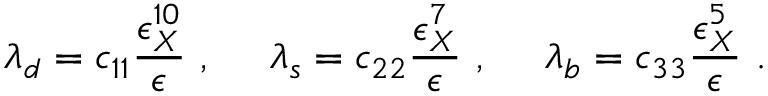
\lambda _ { d } = c _ { 1 1 } \frac { \epsilon _ { X } ^ { 1 0 } } { \epsilon } ~ , ~ ~ ~ ~ \lambda _ { s } = c _ { 2 2 } \frac { \epsilon _ { X } ^ { 7 } } { \epsilon } ~ , ~ ~ ~ ~ \lambda _ { b } = c _ { 3 3 } \frac { \epsilon _ { X } ^ { 5 } } { \epsilon } ~ .